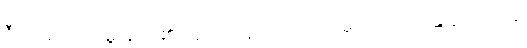
ဇီဝါ၊ အသက်မွေးနိုင်ပါ၏။ ဣတိ၊ ဤသို့ပယ်တော်မူသော်။ ဘန္တေ နာဂသေန၊